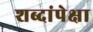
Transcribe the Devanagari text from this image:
शब्दांपेक्षा